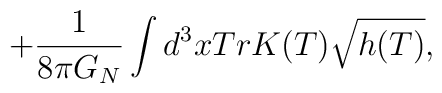
+\frac{1}{8\pi G_N}\int d^{3}xTrK(T)\sqrt{h(T)} ,